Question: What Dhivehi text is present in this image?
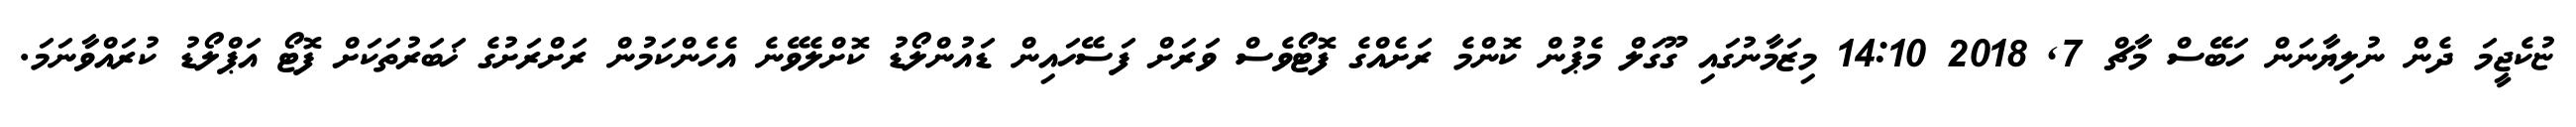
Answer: ޏުކެޖީމަ ދެން ނުލިޔާނަން ހަބޭސް މާޗް 7, 2018 14:10 މިޒަމާނުގައި ގޫގަލް މެޕުން ކޮންމެ ރަށެއްގެ ފޮޓޯވެސް ވަރަށް ފަސޭހައިން ޑައުންލޯޑު ކޮށްލެވޭނެ އެހެންކަމުން ރަށްރަށުގެ ޚަބަރުތަކަށް ފޮޓޯ އަޕްލޯޑު ކުރައްވާނަމަ.